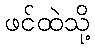
ဖင်ထဲသို့